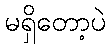
မရှိတော့ပဲ